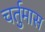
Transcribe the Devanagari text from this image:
चर्तुमास